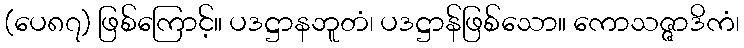
(ပေ၈၇) ဖြစ်ကြောင့်။ ပဒဋ္ဌာနဘူတံ၊ ပဒဋ္ဌာန်ဖြစ်သော။ ကောသဇ္ဇာဒိကံ၊